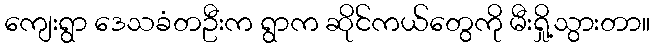
ကျေးရွာ ဒေသခံတဦးက ရွာက ဆိုင်ကယ်တွေကို မီးရှို့သွားတာ။